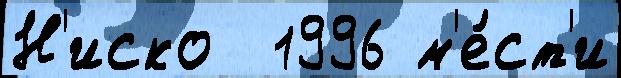
Н'иско  1996 м'е́ст'и